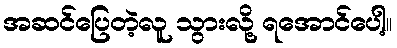
အဆင်ပြေတဲ့လူ သွားလို့ ရအောင်ပေါ့။